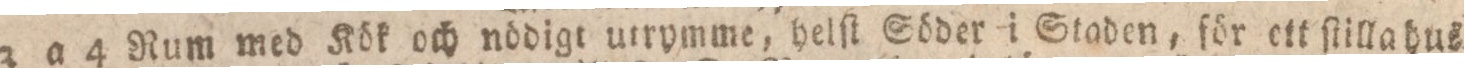
3 a 4 Rum med Kök och nödigt utrymme, helſt Söder i Staden, för ett ſtillahus=